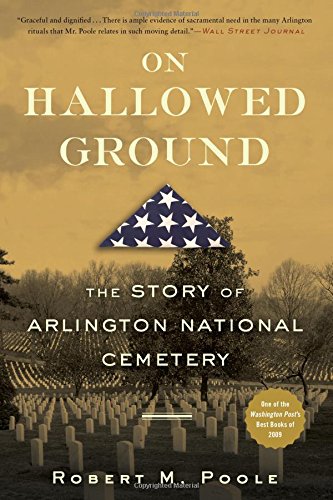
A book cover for On Hallowed Ground: The Story of Arlington National Cemetery; Robert M. Poole; History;